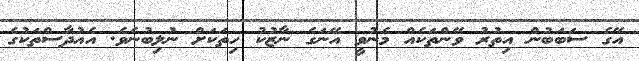
އޭގެ ސަބަބުން އިތުރު ވޭންތަކެއް މެނުވީ އޭނަގެ ނާޒުކު ހިތަކަށް ނުލިބުނެވެ. އެއުދާސްތަކުގެ